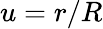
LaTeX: u=r/R